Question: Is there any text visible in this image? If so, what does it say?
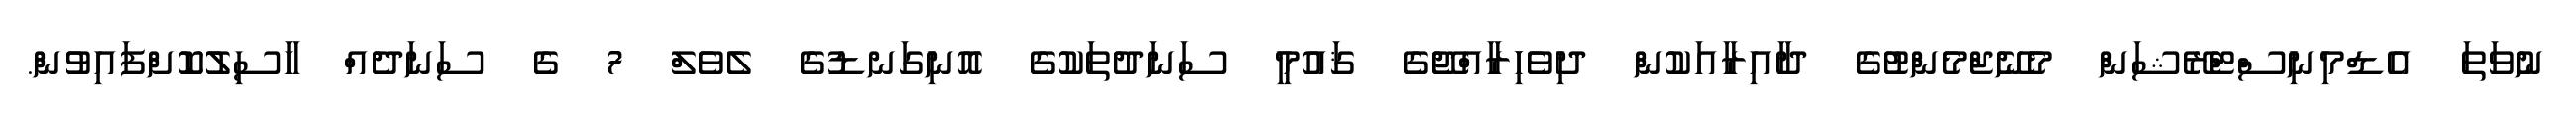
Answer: ނުވަތަ އެޑްމިނިސްޓްރޭޝަން މެނޭޖްމެންޓުގެ ދާއިރާއަކުން ދިވެހިރާއްޖޭގެ ޤައުމީ ސަނަދުތަކުގެ އޮނިގަނޑުގެ ލެވެލް 7 ގެ ސަނަދެއް ހާސިލުކޮށްފައިވުން.